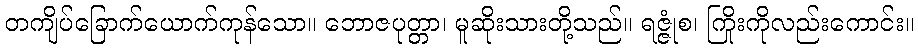
တကျိပ်ခြောက်ယောက်ကုန်သော။ ဘောဇပုတ္တာ၊ မူဆိုးသားတို့သည်။ ရဇ္ဇုံစ၊ ကြိုးကိုလည်းကောင်း။